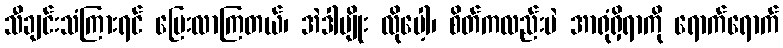
သီချင်းသံကြားရင် ပြေးလာကြတယ်၊ အဲဒါမျိုး လိုပေါ့၊ စိတ်ကလည်းပဲ အာရုံရှိရာကို ရောက်ရောက်